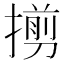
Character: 㨵